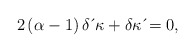
\begin{align*}2\left( \alpha-1\right) \delta \,\acute{}\, \kappa+\delta \kappa \,\acute{}=0, \end{align*}